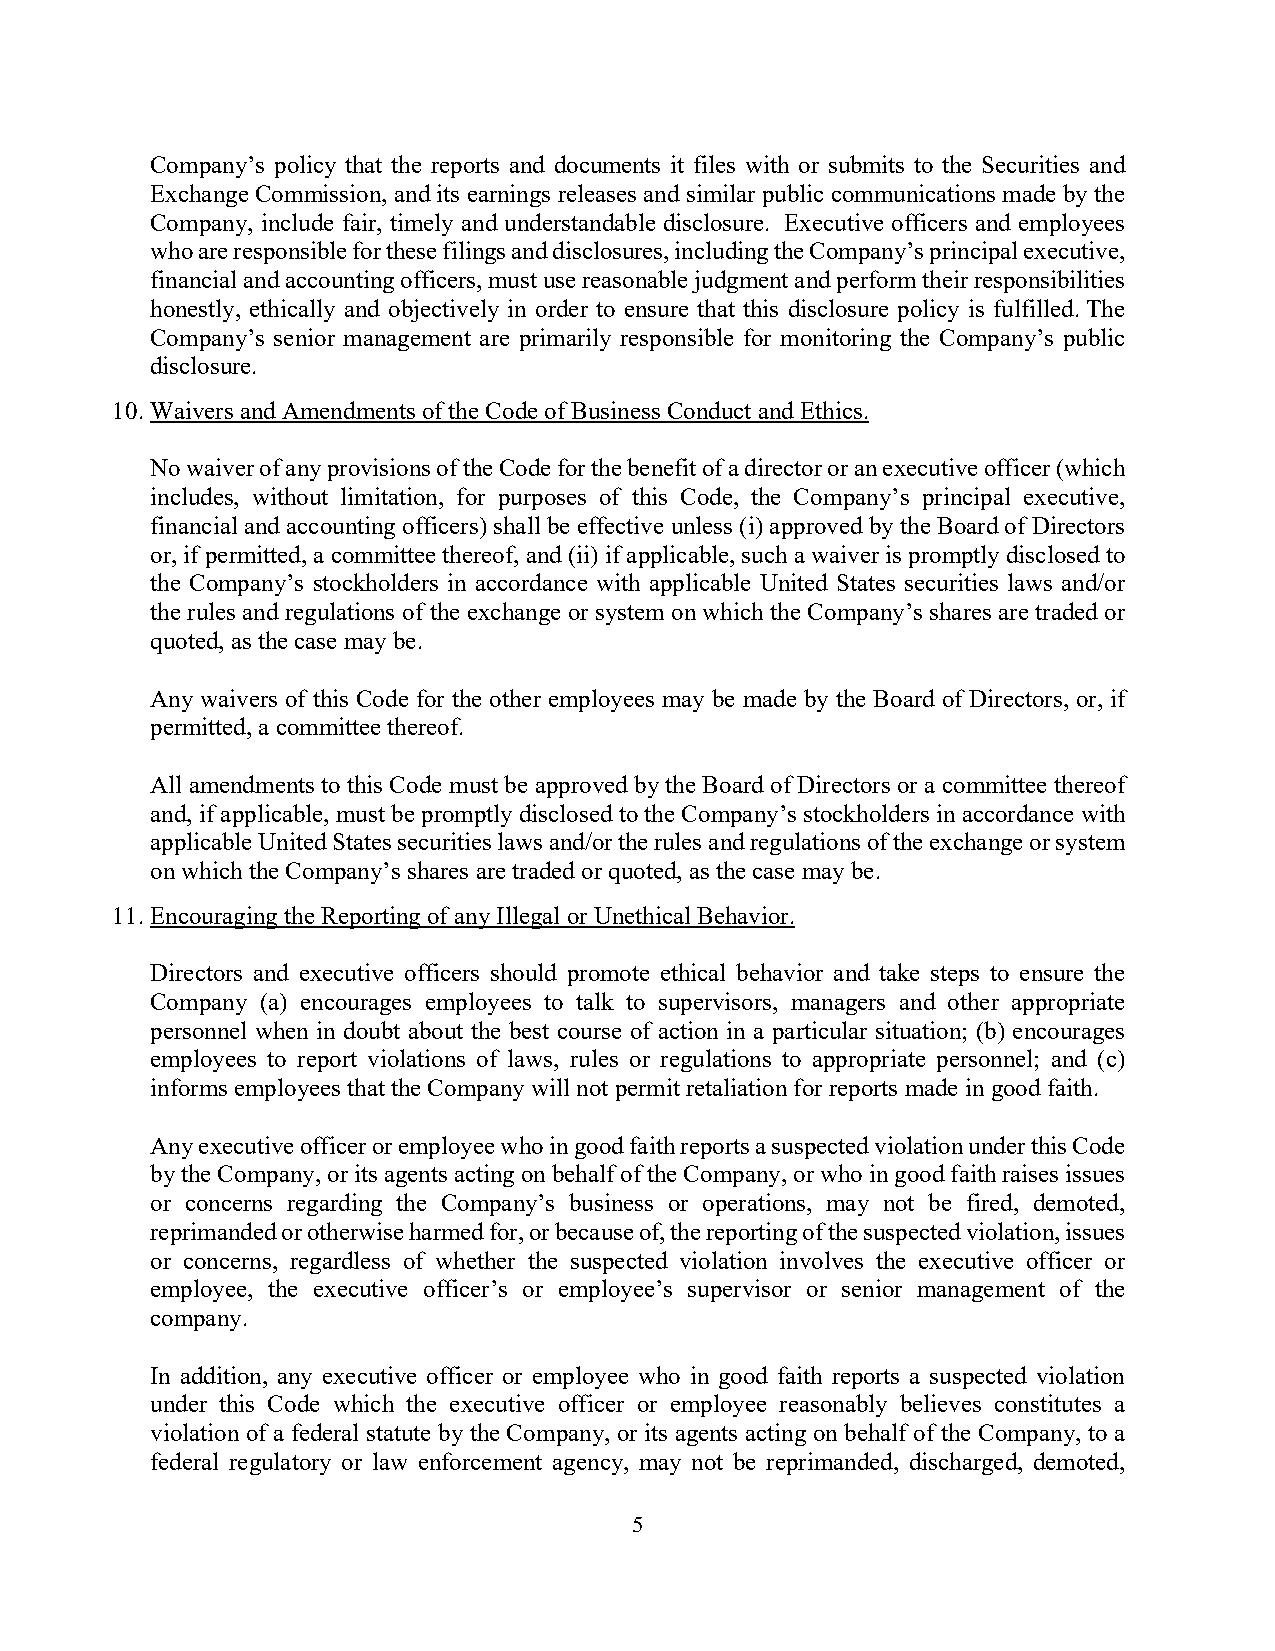
Company’s policy that the reports and documents it files with or submits to the Securities and
 Exchange Commission, and its earnings releases and similar public communications made by the
 Company, include fair, timely and understandable disclosure. Executive officers and employees
 who are responsible for these filings and disclosures, including the Company’s principal executive,
 financial and accounting officers, must use reasonable judgment and perform their responsibilities
 honestly, ethically and objectively in order to ensure that this disclosure policy is fulfilled. The
 Company’s senior management are primarily responsible for monitoring the Company’s public
 disclosure.
 10. Waivers and Amendments of the Code of Business Conduct and Ethics.
 No waiver of any provisions of the Code for the benefit of a director or an executive officer (which
 includes, without limitation, for purposes of this Code, the Company’s principal executive,
 financial and accounting officers) shall be effective unless (i) approved by the Board of Directors
 or, if permitted, a committee thereof, and (ii) if applicable, such a waiver is promptly disclosed to
 the Company’s stockholders in accordance with applicable United States securities laws and/or
 the rules and regulations of the exchange or system on which the Company’s shares are traded or
 quoted, as the case may be.
 Any waivers of this Code for the other employees may be made by the Board of Directors, or, if
 permitted, a committee thereof.
 All amendments to this Code must be approved by the Board of Directors or a committee thereof
 and, if applicable, must be promptly disclosed to the Company’s stockholders in accordance with
 applicable United States securities laws and/or the rules and regulations of the exchange or system
 on which the Company’s shares are traded or quoted, as the case may be.
 11. Encouraging the Reporting of any Illegal or Unethical Behavior.
 Directors and executive officers should promote ethical behavior and take steps to ensure the
 Company (a) encourages employees to talk to supervisors, managers and other appropriate
 personnel when in doubt about the best course of action in a particular situation; (b) encourages
 employees to report violations of laws, rules or regulations to appropriate personnel; and (c)
 informs employees that the Company will not permit retaliation for reports made in good faith.
 Any executive officer or employee who in good faith reports a suspected violation under this Code
 by the Company, or its agents acting on behalf of the Company, or who in good faith raises issues
 or concerns regarding the Company’s business or operations, may not be fired, demoted,
 reprimanded or otherwise harmed for, or because of, the reporting of the suspected violation, issues
 or concerns, regardless of whether the suspected violation involves the executive officer or
 employee, the executive officer’s or employee’s supervisor or senior management of the
 company.
 In addition, any executive officer or employee who in good faith reports a suspected violation
 under this Code which the executive officer or employee reasonably believes constitutes a
 violation of a federal statute by the Company, or its agents acting on behalf of the Company, to a
 federal regulatory or law enforcement agency, may not be reprimanded, discharged, demoted,
 5